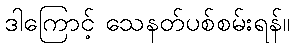
ဒါကြောင့် သေနတ်ပစ်စမ်းရန်။